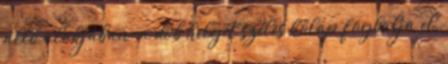
álló alakjában; a dob helyét széles kőlap foglalja el,